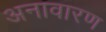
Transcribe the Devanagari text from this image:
अनावारण